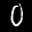
Label: 0